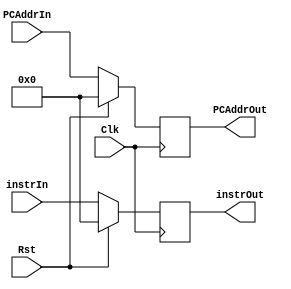
`timescale 1ns / 1ps
//////////////////////////////////////////////////////////////////////////////////
// Company: 
// Engineer: 
// 
// Design Name: 
// Module Name: PipelineReg
// Project Name: 
// Target Devices: 
// Tool Versions: 
// Description: 
// 
// Dependencies: 
// 
// Revision:
// Revision 0.01 - File Created
// Additional Comments:
// 
//////////////////////////////////////////////////////////////////////////////////


module FetchDecodeReg_tb(
    Clk,
    Rst,
    instrIn,
    PCAddrIn,
    instrOut,
    PCAddrOut
    );
    (* dont_touch = "true" *) input [31:0] instrIn, PCAddrIn;
    input Clk, Rst;
    output reg[31:0] instrOut, PCAddrOut;
    initial begin
        instrOut <= 0;
        PCAddrOut <= 0;
    end
    always@(posedge Clk) begin
        if(Rst) begin
            instrOut <= 0;
            PCAddrOut <= 0;
        end
        else begin
            instrOut <= instrIn;
            PCAddrOut <= PCAddrIn;
        end
    end
endmodule